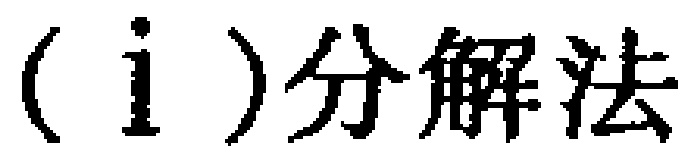
（i）分解法